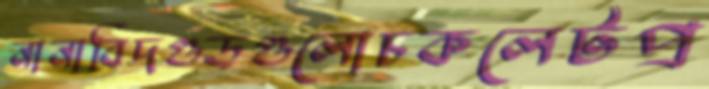
নানাবিদগুড়গুলোচকলেটপ্র